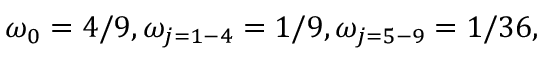
\omega _ { 0 } = 4 / 9 , \omega _ { j = 1 - 4 } = 1 / 9 , \omega _ { j = 5 - 9 } = 1 / 3 6 ,